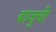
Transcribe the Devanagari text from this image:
बाजुची